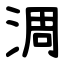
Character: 淍